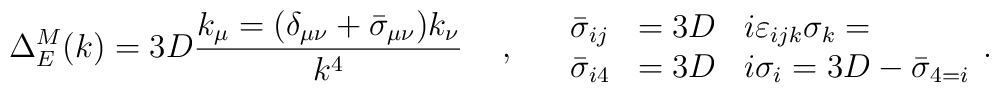
\Delta _E^M (k)=3D\frac{k_\mu= (\delta_{\mu\nu}+{\bar{\sigma}}_{\mu\nu})k_\nu}{k^4} \hspace{.5cm},\hspace{.5cm}  \begin{array}{lcl} {\bar{\sigma}}_{ij}& =3D & i\varepsilon_{ijk}\sigma_k= \\                     {\bar{\sigma}}_{i4}&=3D& i\sigma_i=3D-{\bar{\sigma}}_{4=i}  \end{array}.